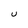
Character: U